Annual report on the mental hospital in the Central Provinces and Berar (Nagpur) - 1927-1951
Year: 1927
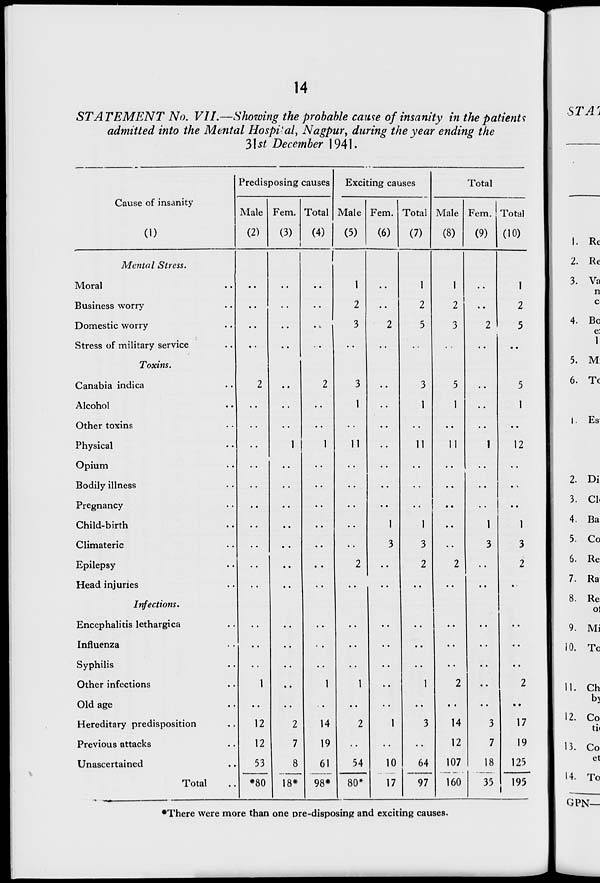
14
STATEMENT No. VII.—Showing the probable cause of insanity in the patients
admitted into the Mental Hospital, Nagpur y during the year ending the
3\st December 1941.
Predisposing causes
Exciting causes
Total
Cause of insanity
Male Fem. Total Male Fem. Total Male Fem. Total
(0
(2)
(3)
i
(4)
(5)
(6)
(7)
(8)
(9) (10)
Mental Stress.
1
Moral
••
1
1
1
1
Business worry
2
2
2
2
Domestic worry
.c
3
2
5
3
2
5
Stress of military service
• •
Toxins.
Canabia indica
2
2
3
3
5
5
Alcohol
1
1
1
1
Other toxins
• •
Physical
1
1
11
11
11
1
12
Opium
Bodily illness
••
Pregnancy
••
••
••
Child-birth
1
1
1
1
Climateric
••
••
3
3
3
3
Epilepsy
2
2
2
••
2
Head injuries
••
••
••
••
Infections.
Encephalitis lethargica
••
••
Influenza
■
•
••
••
Syphilis
Other infections
1
1
1
• •
1
2
••
2
Old age
••
••
Hereditary predisposition
12
2
14
2
1
3
14
3
17
Previous attacks
12
7
19
12
7
19
Unascertained
53
8
18*
61
98*
54
10
17
64
107
18
125
Total
*80
80*
97
160
35
195
■There were more than one pre-disposing and exciting causes.